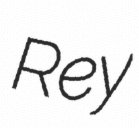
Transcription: Rey